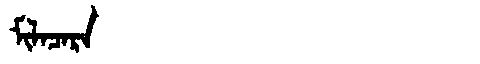
Manchu: ᠮᡳᠯᠠᠴᠠᡵᠠ
Romanization: MILACARA